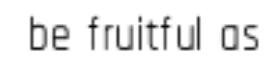
be fruitful as